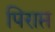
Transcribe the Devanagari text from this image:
पिराप्त